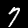
Label: 7